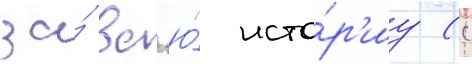
за́ вс'ю́ исто́р'иу (с